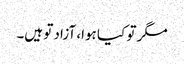
مگر تو کیا ہوا، آزاد تو ہیں۔